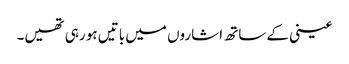
عینی کے ساتھ اشاروں میں باتیں ہو رہی تھیں۔